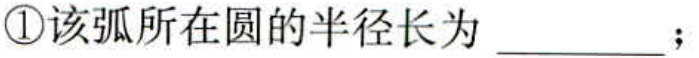
\textcircled{1}该弧所在圆的半径长为 \_\_\_\_\_ ；